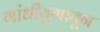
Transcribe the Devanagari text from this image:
गांधीयुगातून